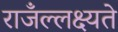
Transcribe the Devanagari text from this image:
राजँल्लक्ष्यते